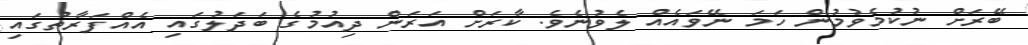
ބޭރަށް ނުކުމެވުމުން ހަމަ ނޭވައެއް ލެވުނެވެ. ކާރަށް އަރަން ދިއުމުގެ ބަދަލުގައި އެއްފަރާތުގައި